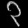
Digit: ၃